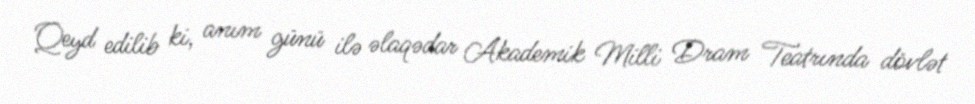
Qeyd edilib ki, anım günü ilə əlaqədar Akademik Milli Dram Teatrında dövlət